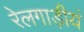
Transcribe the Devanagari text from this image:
रेलगाड़ीयं